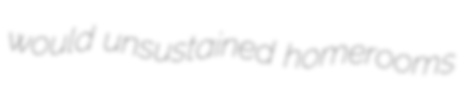
would unsustained homerooms